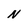
Character: N